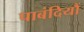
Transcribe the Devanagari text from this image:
पाबंदियौं